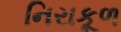
નિરાકૂળ